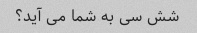
شش سی به شما می آید؟